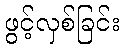
ဖွင့်လှစ်ခြင်း